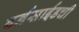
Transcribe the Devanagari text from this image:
बर्नसाईडची